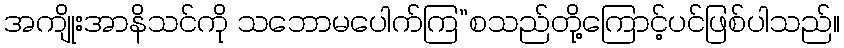
အကျိုးအာနိသင်ကို သဘောမပေါက်ကြ”စသည်တို့ကြောင့်ပင်ဖြစ်ပါသည်။